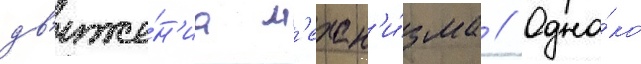
дв'иже́н'иа м'ехан'и́зма // Одна́ко